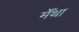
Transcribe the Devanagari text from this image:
मेँथा